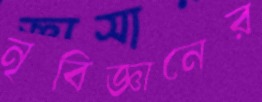
নৃবিজ্ঞানের